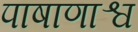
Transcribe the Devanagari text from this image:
पाषाणाश्व